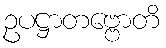
ဥပဋ္ဌာတဗ္ဗောတိ